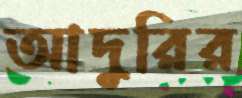
আদুরির